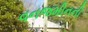
વનજમીનની